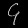
Digit: ၄